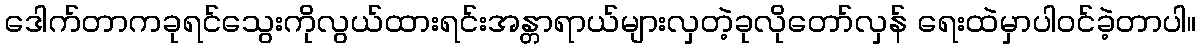
ဒေါက်တာကခုရင်သွေးကိုလွယ်ထားရင်းအန္တာရာယ်များလှတဲ့ခုလိုတော်လှန် ရေးထဲမှာပါဝင်ခဲ့တာပါ။